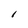
Character: l